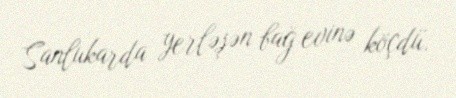
Sanlukarda yerləşən bağ evinə köçdü.